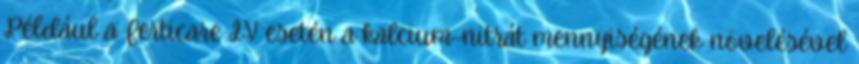
Például a Ferticare IV esetén a kalcium-nitrát mennyiségének növelésével